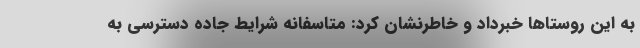
به این روستاها خبرداد و خاطرنشان کرد: متاسفانه شرایط جاده دسترسی به